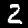
Digit: 2